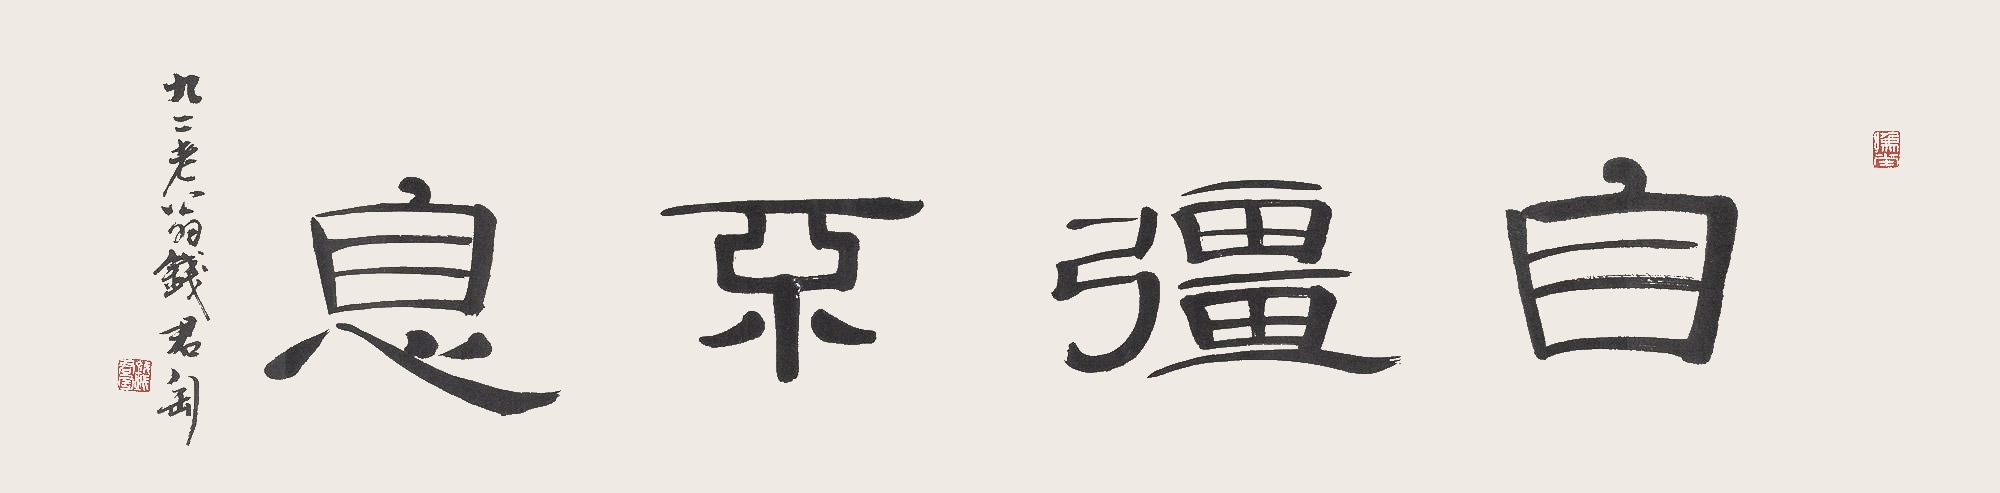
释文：自强不息。九二老翁钱君匋。